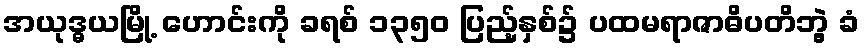
အယုဒ္ဓယမြို့ ဟောင်းကို ခရစ် ၁၃၅၀ ပြည့်နှစ်၌ ပထမရာဇာဓိပတိဘွဲ့ ခံ